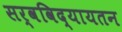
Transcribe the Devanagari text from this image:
सर्वविद्यायतन